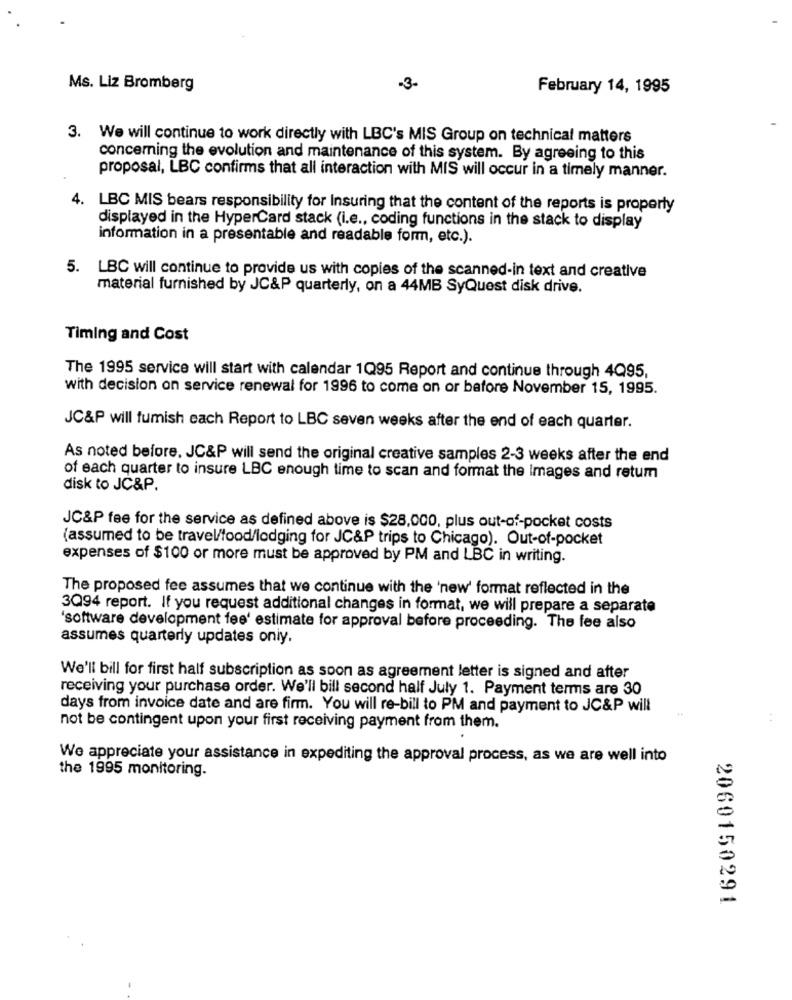
Ms. Liz Bromberg
-3-
February 14, 1995
3. We will continue to work directly with LBC's MIS Group on technical matters
concerning the evolution and maintenance of this system. By agreeing to this
proposal, LBC confirms that all interaction with MIS will occur in a timely manner.
4. LBC MIS bears responsibility for Insuring that the content of the reports is properly
displayed in the HyperCard stack (i.e ., coding functions in the stack to display
information in a presentable and readable form, etc.).
5. LBC will continue to provide us with copies of the scanned-in text and creative
material furnished by JC&P quarterly, on a 44MB SyQuest disk drive.
Timing and Cost
The 1995 service will start with calendar 1Q95 Report and continue through 4Q95,
with decision on service renewal for 1996 to come on or before November 15, 1995.
JC&P will fumish each Report to LBC seven weeks after the end of each quarter.
As noted before, JC&P will send the original creative samples 2-3 weeks after the end
of each quarter to insure LBC enough time to scan and format the Images and retum
disk to JC&P.
JC&P fee for the service as defined above is $28.000, plus out-of-pocket costs
(assumed to be travel/lood/lodging for JC&P trips to Chicago). Out-of-pocket
expenses of $100 or more must be approved by PM and LBC in writing.
The proposed fee assumes that we continue with the 'new' format reflected in the
3Q94 report. If you request additional changes in format, we will prepare a separate
'software development fee' estimate for approval before proceeding. The fee also
assumes quarterly updates oniy.
We'll bill for first half subscription as soon as agreement letter is signed and after
receiving your purchase order. We'll bill second half July 1. Payment terms are 30
days from invoice date and are firm. You will re-bill to PM and payment to JC&P will
not be contingent upon your first receiving payment from them.
We appreciate your assistance in expediting the approval process, as we are well into
the 1995 monitoring.
2060150291